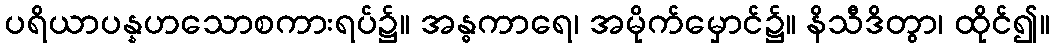
ပရိယာပန္နဟသောစကားရပ်၌။ အန္ဓကာရေ၊ အမိုက်မှောင်၌။ နိသီဒိတွာ၊ ထိုင်၍။